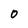
Character: 0